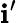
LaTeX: \mathbf{i}^{\prime}